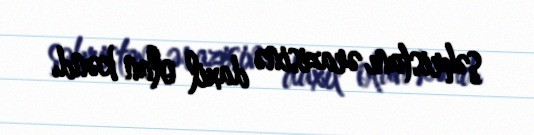
şəhristanı ərazisinə daxil olan kənd.